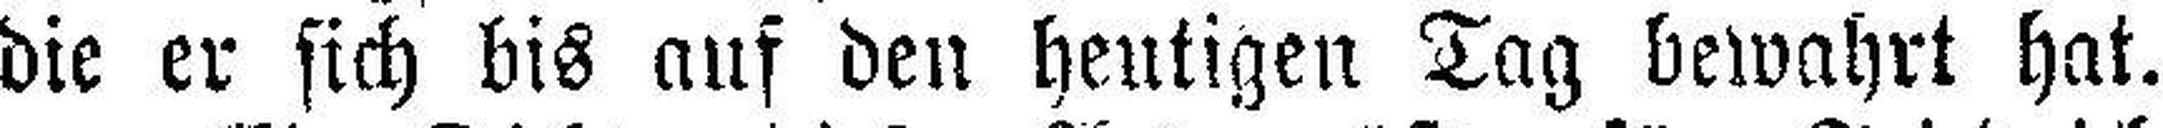
die er sich bis auf den heutigen Tag bewahrt hat.